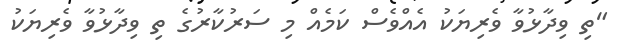
"ތި ވިދާޅުވާ ވެރިޔަކު އެއްވެސް ކަމެއް މި ސަރުކާރުގެ ތި ވިދާޅުވާ ވެރިޔަކު